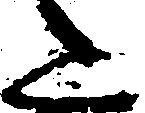
た